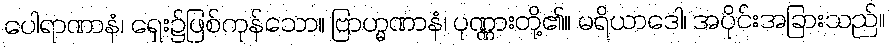
ပေါရာဏာနံ၊ ရှေး၌ဖြစ်ကုန်သော။ ဗြာဟ္မဏာနံ၊ ပုဏ္ဏားတို့၏။ မရိယာဒေါ၊ အပိုင်းအခြားသည်။